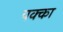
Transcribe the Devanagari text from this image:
पक्‍का